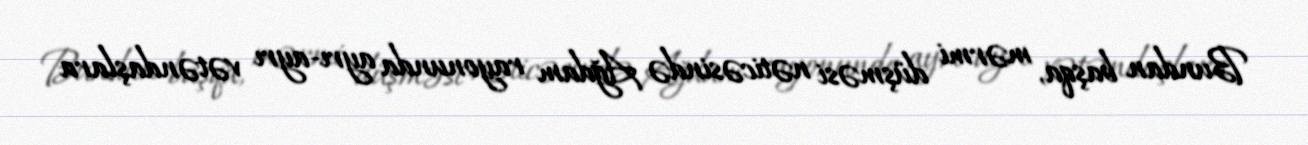
Bundan başqa, mərmi düşməsi nəticəsində Ağdam rayonunda ayrı-ayrı vətəndaşlara